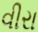
વીરા